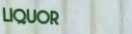
LIQUOR